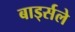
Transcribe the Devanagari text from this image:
बार्ड्सले